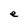
Character: e